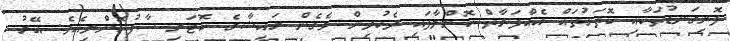
ފޮށިގަނޑުތަކާއި ކޮތަޅުތައް އެއްފަރާތް ކޮށްލާފައި ދެކުދިން ވެގެން ރައިޝާގެ ކޮޓަރި ސާފުކޮށްލިއެވެ. އޭރު